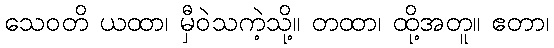
သေဝတိ ယထာ၊ မှီဝဲသကဲ့သို့။ တထာ၊ ထို့အတူ။ ဧတာ၊